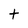
Character: t